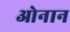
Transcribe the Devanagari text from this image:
ओनान